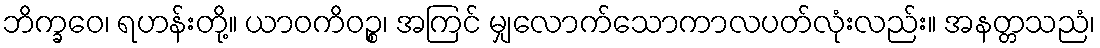
ဘိက္ခဝေ၊ ရဟန်းတို့။ ယာဝကိဝဉ္စ၊ အကြင် မျှလောက်သောကာလပတ်လုံးလည်း။ အနတ္တသညံ၊